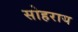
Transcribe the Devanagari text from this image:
सोहराय